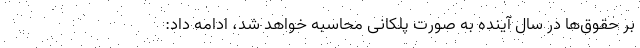
بر حقوق‌ها در سال آینده به صورت پلکانی محاسبه خواهد شد، ادامه داد: